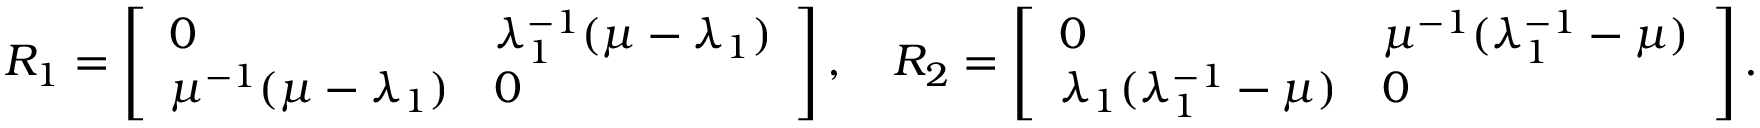
R _ { 1 } = \left[ \begin{array} { l l } { 0 } & { \lambda _ { 1 } ^ { - 1 } ( \mu - \lambda _ { 1 } ) } \\ { \mu ^ { - 1 } ( \mu - \lambda _ { 1 } ) } & { 0 } \end{array} \right] , \quad R _ { 2 } = \left[ \begin{array} { l l } { 0 } & { \mu ^ { - 1 } ( \lambda _ { 1 } ^ { - 1 } - \mu ) } \\ { \lambda _ { 1 } ( \lambda _ { 1 } ^ { - 1 } - \mu ) } & { 0 } \end{array} \right] .